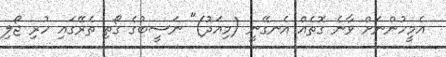
އެމީހުންނަށް ވާނެ ގޮތެއް އެނގޭނީ (މިއަދު)" ނަސީބުގެ ގޯތި ތެރޭގައި ހުރި ޖޯލި